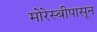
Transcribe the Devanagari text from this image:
मोरेस्बीपासून